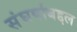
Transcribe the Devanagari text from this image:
संघर्षाबद्दल